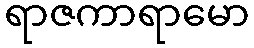
ရာဇကာရာမော